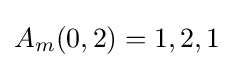
A_{m}(0,2)=1,2,1